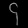
Digit: ၄